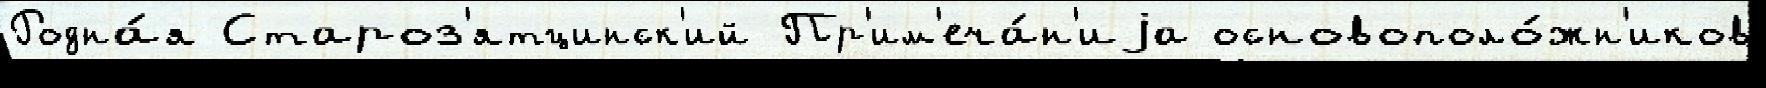
Родна́я Староз'ятцинск'ий Пр'им'еча́н'иjа основополо́жн'иков